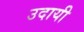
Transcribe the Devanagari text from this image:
उदायी